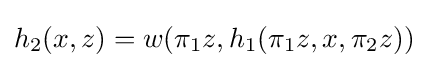
h_{2}(x,z)=w(\pi _{1}z,h_{1}(\pi _{1}z,x,\pi _{2}z))